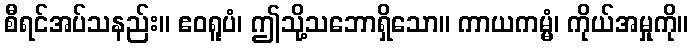
စီရင်အပ်သနည်း။ ဧဝရူပံ၊ ဤသို့သဘောရှိသော။ ကာယကမ္မံ၊ ကိုယ်အမှုကို။